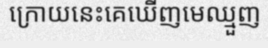
ក្រោយនេះគេឃើញមេឈ្មួញ